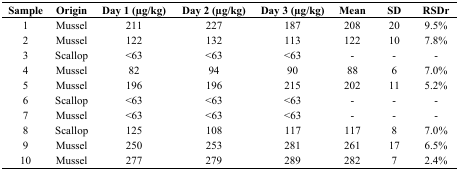
<table><thead><tr><td><b>Sample</b></td><td><b>Origin</b></td><td><b>Day 1 (μg/kg)</b></td><td><b>Day 2 (μg/kg)</b></td><td><b>Day 3 (μg/kg)</b></td><td><b>Mean</b></td><td><b>SD</b></td><td><b>RSDr</b></td></tr></thead><tbody><tr><td>1</td><td>Mussel</td><td>211</td><td>227</td><td>187</td><td>208</td><td>20</td><td>9.5%</td></tr><tr><td>2</td><td>Mussel</td><td>122</td><td>132</td><td>113</td><td>122</td><td>10</td><td>7.8%</td></tr><tr><td>3</td><td>Scallop</td><td>&lt;63</td><td>&lt;63</td><td>&lt;63</td><td>-</td><td>-</td><td>-</td></tr><tr><td>4</td><td>Mussel</td><td>82</td><td>94</td><td>90</td><td>88</td><td>6</td><td>7.0%</td></tr><tr><td>5</td><td>Mussel</td><td>196</td><td>196</td><td>215</td><td>202</td><td>11</td><td>5.2%</td></tr><tr><td>6</td><td>Scallop</td><td>&lt;63</td><td>&lt;63</td><td>&lt;63</td><td>-</td><td>-</td><td>-</td></tr><tr><td>7</td><td>Mussel</td><td>&lt;63</td><td>&lt;63</td><td>&lt;63</td><td>-</td><td>-</td><td>-</td></tr><tr><td>8</td><td>Scallop</td><td>125</td><td>108</td><td>117</td><td>117</td><td>8</td><td>7.0%</td></tr><tr><td>9</td><td>Mussel</td><td>250</td><td>253</td><td>281</td><td>261</td><td>17</td><td>6.5%</td></tr><tr><td>10</td><td>Mussel</td><td>277</td><td>279</td><td>289</td><td>282</td><td>7</td><td>2.4%</td></tr></tbody></table>